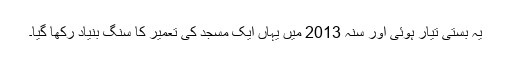
یہ بستی تیار ہوئی اور سنہ 2013 میں یہاں ایک مسجد کی تعمیر کا سنگ بنیاد رکھا گیا۔